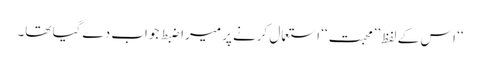
‘‘ اس کے لفظ’’محبت‘‘ استعمال کرنے پر میرا ضبط جواب دے گیا تھا۔